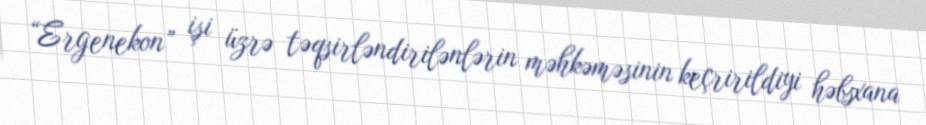
“Ergenekon” işi üzrə təqsirləndirilənlərin məhkəməsinin keçririldiyi həbsxana